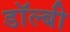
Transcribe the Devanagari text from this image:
डाॅल्बी